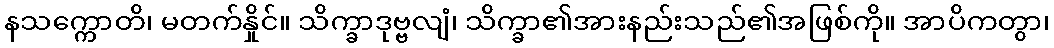
နသက္ကောတိ၊ မတက်နှိုင်။ သိက္ခာဒုဗ္ဗလျံ၊ သိက္ခာ၏အားနည်းသည်၏အဖြစ်ကို။ အာပိကတွာ၊